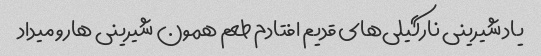
یاد شیرینی نارگیلی‌های قدیم افتادم طعم همون شیرینی هارو میداد